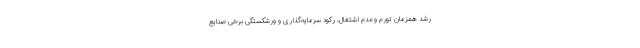
رشد همزمان تورم و عدم اشتغال، رکود سرمایه‌گذاری و ورشکستگی برخی صنایع